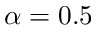
\alpha = 0 . 5